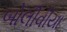
બોલીવીયા